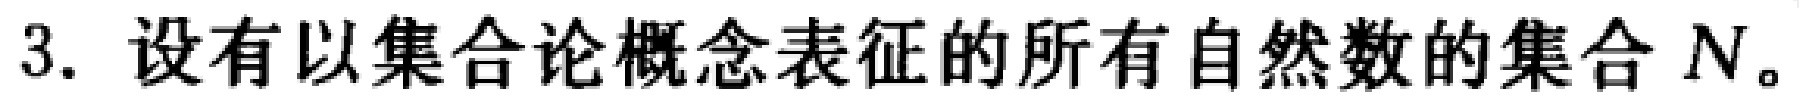
3. 设有以集合论概念表征的所有自然数的集合 \(N\)。